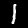
Label: 1